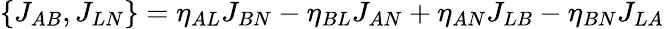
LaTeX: \{ J_{AB},J_{LN}\} =\eta_{AL}J_{BN}-\eta_{BL}J_{AN}+\eta_{AN}J_{LB}-\eta_{BN}J_{LA}